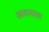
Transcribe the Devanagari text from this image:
आशयात